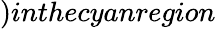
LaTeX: )inthecyanregion